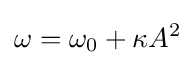
\omega =\omega _{0}+\kappa A^{2}